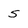
Character: 5